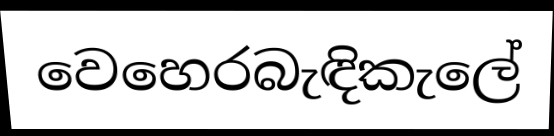
වෙහෙරබැඳිකැලේ